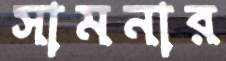
সামনার